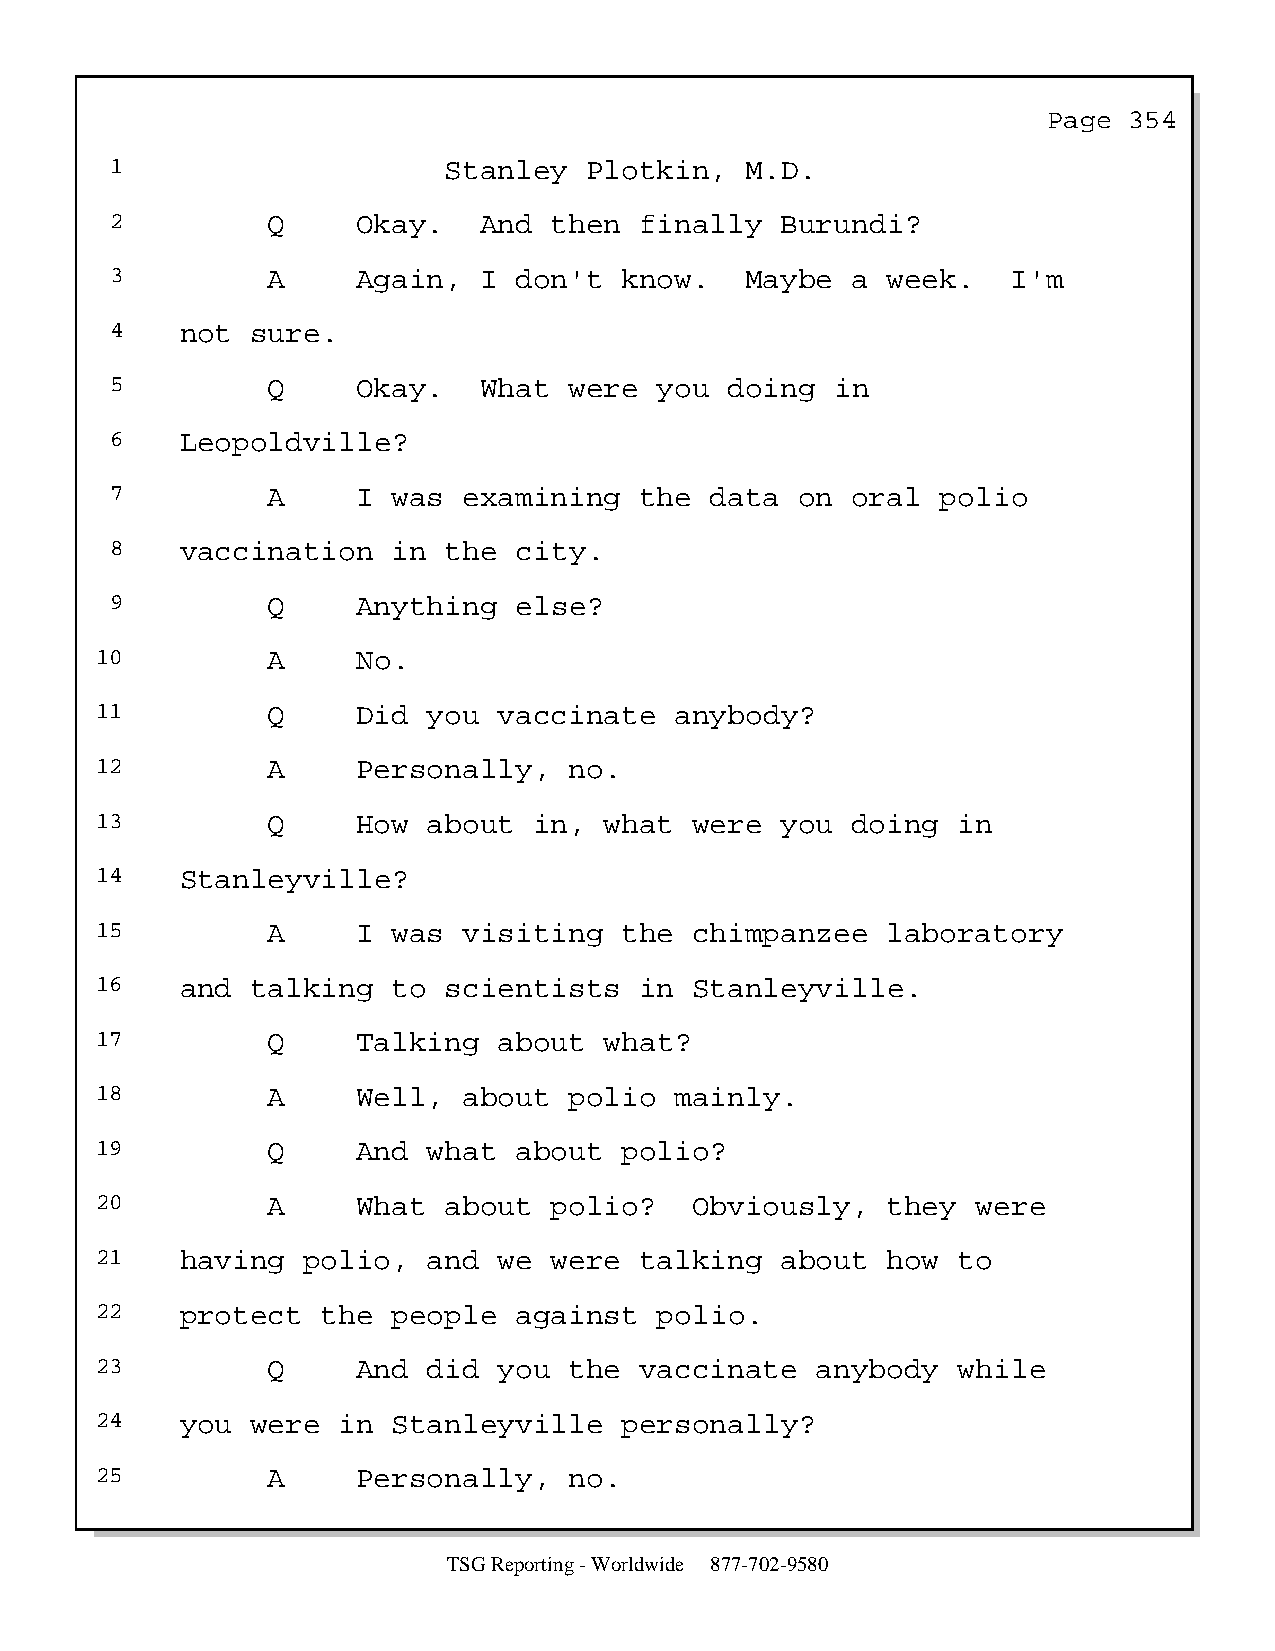
Page  354
 1                     Stanley   Plotkin,  M.D.
 2          Q     Okay.   And then  finally   Burundi?
 3          A     Again,  I don't  know.   Maybe  a  week.   I'm
 4    not  sure.
 5          Q     Okay.   What  were  you doing  in
 6    Leopoldville?
 7          A     I was  examining  the  data  on oral  polio
 8    vaccination   in the  city.
 9          Q     Anything  else?
 10          A     No.
 11          Q     Did you  vaccinate   anybody?
 12          A     Personally,   no.
 13          Q     How about  in,  what  were  you doing  in
 14    Stanleyville?
 15          A     I was  visiting  the  chimpanzee   laboratory
 16    and  talking  to scientists   in  Stanleyville.
 17          Q     Talking  about  what?
 18          A     Well,  about  polio  mainly.
 19          Q     And what  about  polio?
 20          A     What about  polio?    Obviously,   they  were
 21    having  polio,  and  we were  talking   about  how to
 22    protect  the  people  against   polio.
 23          Q     And did  you  the vaccinate   anybody  while
 24    you  were in  Stanleyville   personally?
 25          A     Personally,   no.
 TSG Reporting - Worldwide 877-702-9580